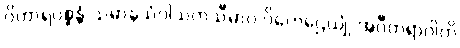
ဝိဟာရပစ္စန္တံ သမာနသံဝါသကသီမာဝ ဝိဟေဌေယျုံ အဝီတရာဂါတိ